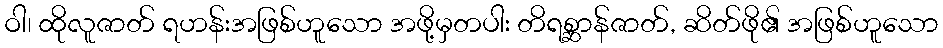
ဝါ၊ ထိုလူဇာတ် ရဟန်းအဖြစ်ဟူသော အဖို့မှတပါး တိရစ္ဆာန်ဇာတ်, ဆိတ်ဖို၏ အဖြစ်ဟူသော